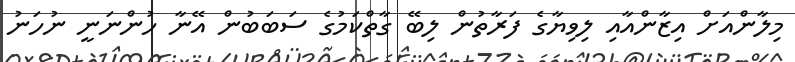
މިލާންއަށް އިޒާންއާއި ލިވިޔާގެ ފަރާތުން ލިބޭ ގާތްކަމުގެ ސަބަބުން އޭނާ ހުންނަނީ ނުހަނު